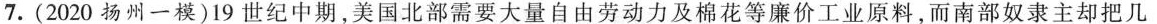
7.(2020扬州一模)19世纪中期，美国北部需要大量自由劳动力及棉花等廉价工业原料，而南部奴隶主却把几